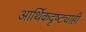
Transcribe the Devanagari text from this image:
आर्थिकदृष्ट्याही